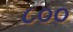
૮૦૦